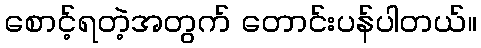
စောင့်ရတဲ့အတွက် တောင်းပန်ပါတယ်။